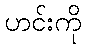
ဟင်းကို